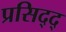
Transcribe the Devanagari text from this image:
प्रसिद्द्